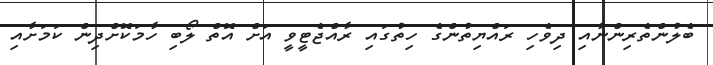
ބެލުންތެރިންނާއި ދިވެހި ރައްޔިތުންގެ ހިތުގައި ރާއްޖެޓީވީ އަށް އޮތް ލޯބި ހާމަކޮށްދިން ކަމަށާއި